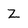
Character: Z